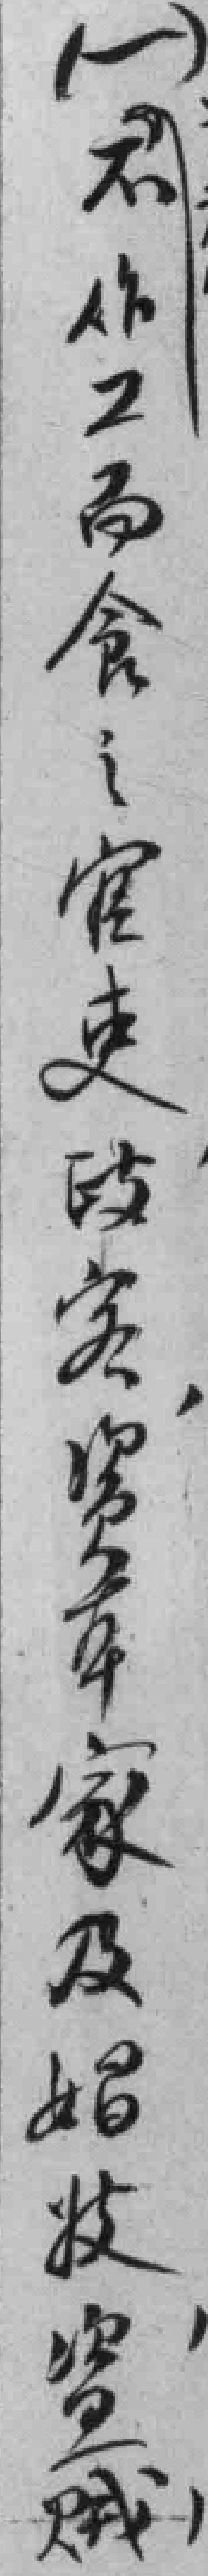
不做工而食：官吏，歧*，资本家，及娼妓，盗贼，